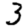
Digit: 3